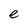
Character: e